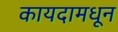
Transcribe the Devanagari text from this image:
कायदामधून